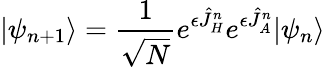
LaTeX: |\psi_{n+1}\rangle=\frac{1}{\sqrt{N}}e^{\epsilon\hat{J}_{H}^{n}}e^{\epsilon\hat{J}_{A}^{n}}|\psi_{n}\rangle